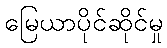
မြေယာပိုင်ဆိုင်မှု